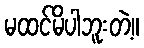
မထင်မိပါဘူးတဲ့။